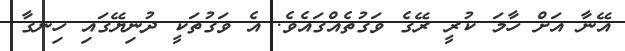
އޭނާ އަށް ހާމަ ކުރީ ރޭގެ ވަގުތެއްގައެވެ. އެ ވަގުތަކީ ދުނިޔޭގައި ހިނގާ